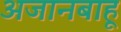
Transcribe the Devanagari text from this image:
अजानबाहू